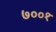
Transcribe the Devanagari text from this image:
७००१